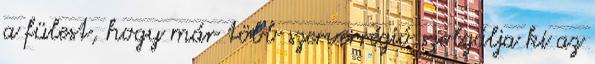
a fülest, hogy már több szerverrégió szolgálja ki az